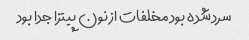
سرد شده بود مخلفات از نون پیتزا جدا بود